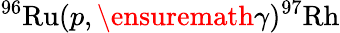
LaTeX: ^{96}\mathrm{Ru}(p,\ensuremath{\gamma})^{97}\mathrm{Rh}